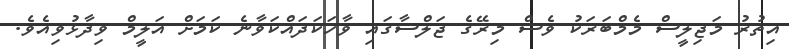
އިތުރު މަޖިލީސް މެމްބަރަކު ވެސް މިރޭގެ ޖަލްސާގައި ވާހަކަދައްކަވާނެ ކަމަށް އަލީމް ވިދާޅުވިއެވެ.